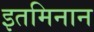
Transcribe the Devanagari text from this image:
इतमिनान